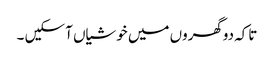
تاکہ دوگھروں میں خوشیاں آ سکیں ۔